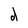
Character: d